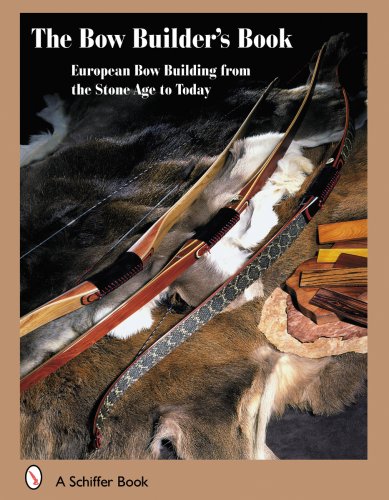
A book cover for The Bowbuilder's Book; Fleming Alrune; Crafts, Hobbies & Home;